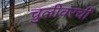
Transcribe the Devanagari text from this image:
चुलीवरची